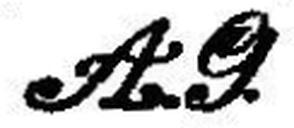
A. G.